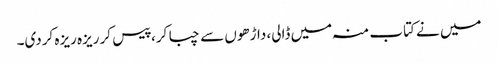
میں نے کتاب منہ میں ڈالی، داڑھوں سے چبا کر، پیس کر ریزہ ریزہ کردی۔